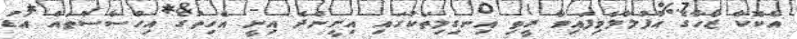
އެކޮކާ ޒޯހާގެ އުފުލާލެވިފައިވާ ރީތި އިނގިލިތަކުގައި އިށީންދެ އިނީ އެހިތުގެ އިހްސާސްތައް އަޑު